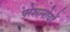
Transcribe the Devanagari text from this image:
परेशानोयों